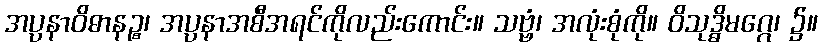
အပ္ပနာဝိဓာနဉ္စ၊ အပ္ပနာအစီအရင်ကိုလည်းကောင်း။ သဗ္ဗံ၊ အလုံးစုံကို။ ဝိသုဒ္ဓိမဂ္ဂေ၊ ၌။